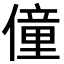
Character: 僮